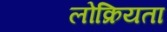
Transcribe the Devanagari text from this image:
लोक्रियता